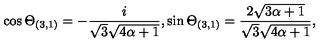
\cos \Theta _ { ( 3 , 1 ) } = - \frac { i } { \sqrt { 3 } \sqrt { 4 \alpha + 1 } } , \sin \Theta _ { ( 3 , 1 ) } = \frac { 2 \sqrt { 3 \alpha + 1 } } { \sqrt { 3 } \sqrt { 4 \alpha + 1 } } ,